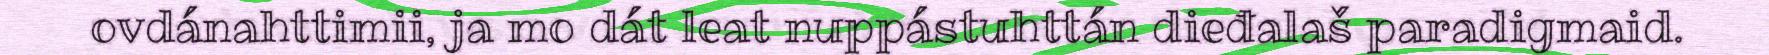
ovdánahttimii, ja mo dát leat nuppástuhttán dieđalaš paradigmaid.